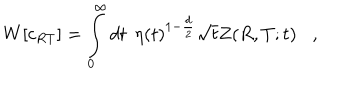
W [ c _ { R T } ] = \int _ { 0 } ^ { \infty } d t \; \, \eta ( t ) ^ { 1 - { \frac { d } { 2 } } } \sqrt { t } Z ( R , T ; t ) ,